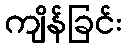
ကျိန်ခြင်း